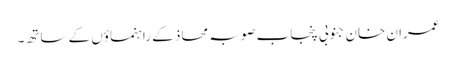
عمران خان جنوبی پنجاب صوبہ محاذ کے راہنماؤں کے ساتھ۔